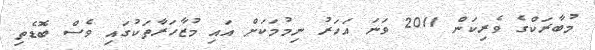
މުބާރަކްގެ ވެރިކަން 2011 ވަނަ އަހަރު ނިމުމަކަށް އައި މުޒާހަރާތަކުގައި ވެސް ބޮޑެތި